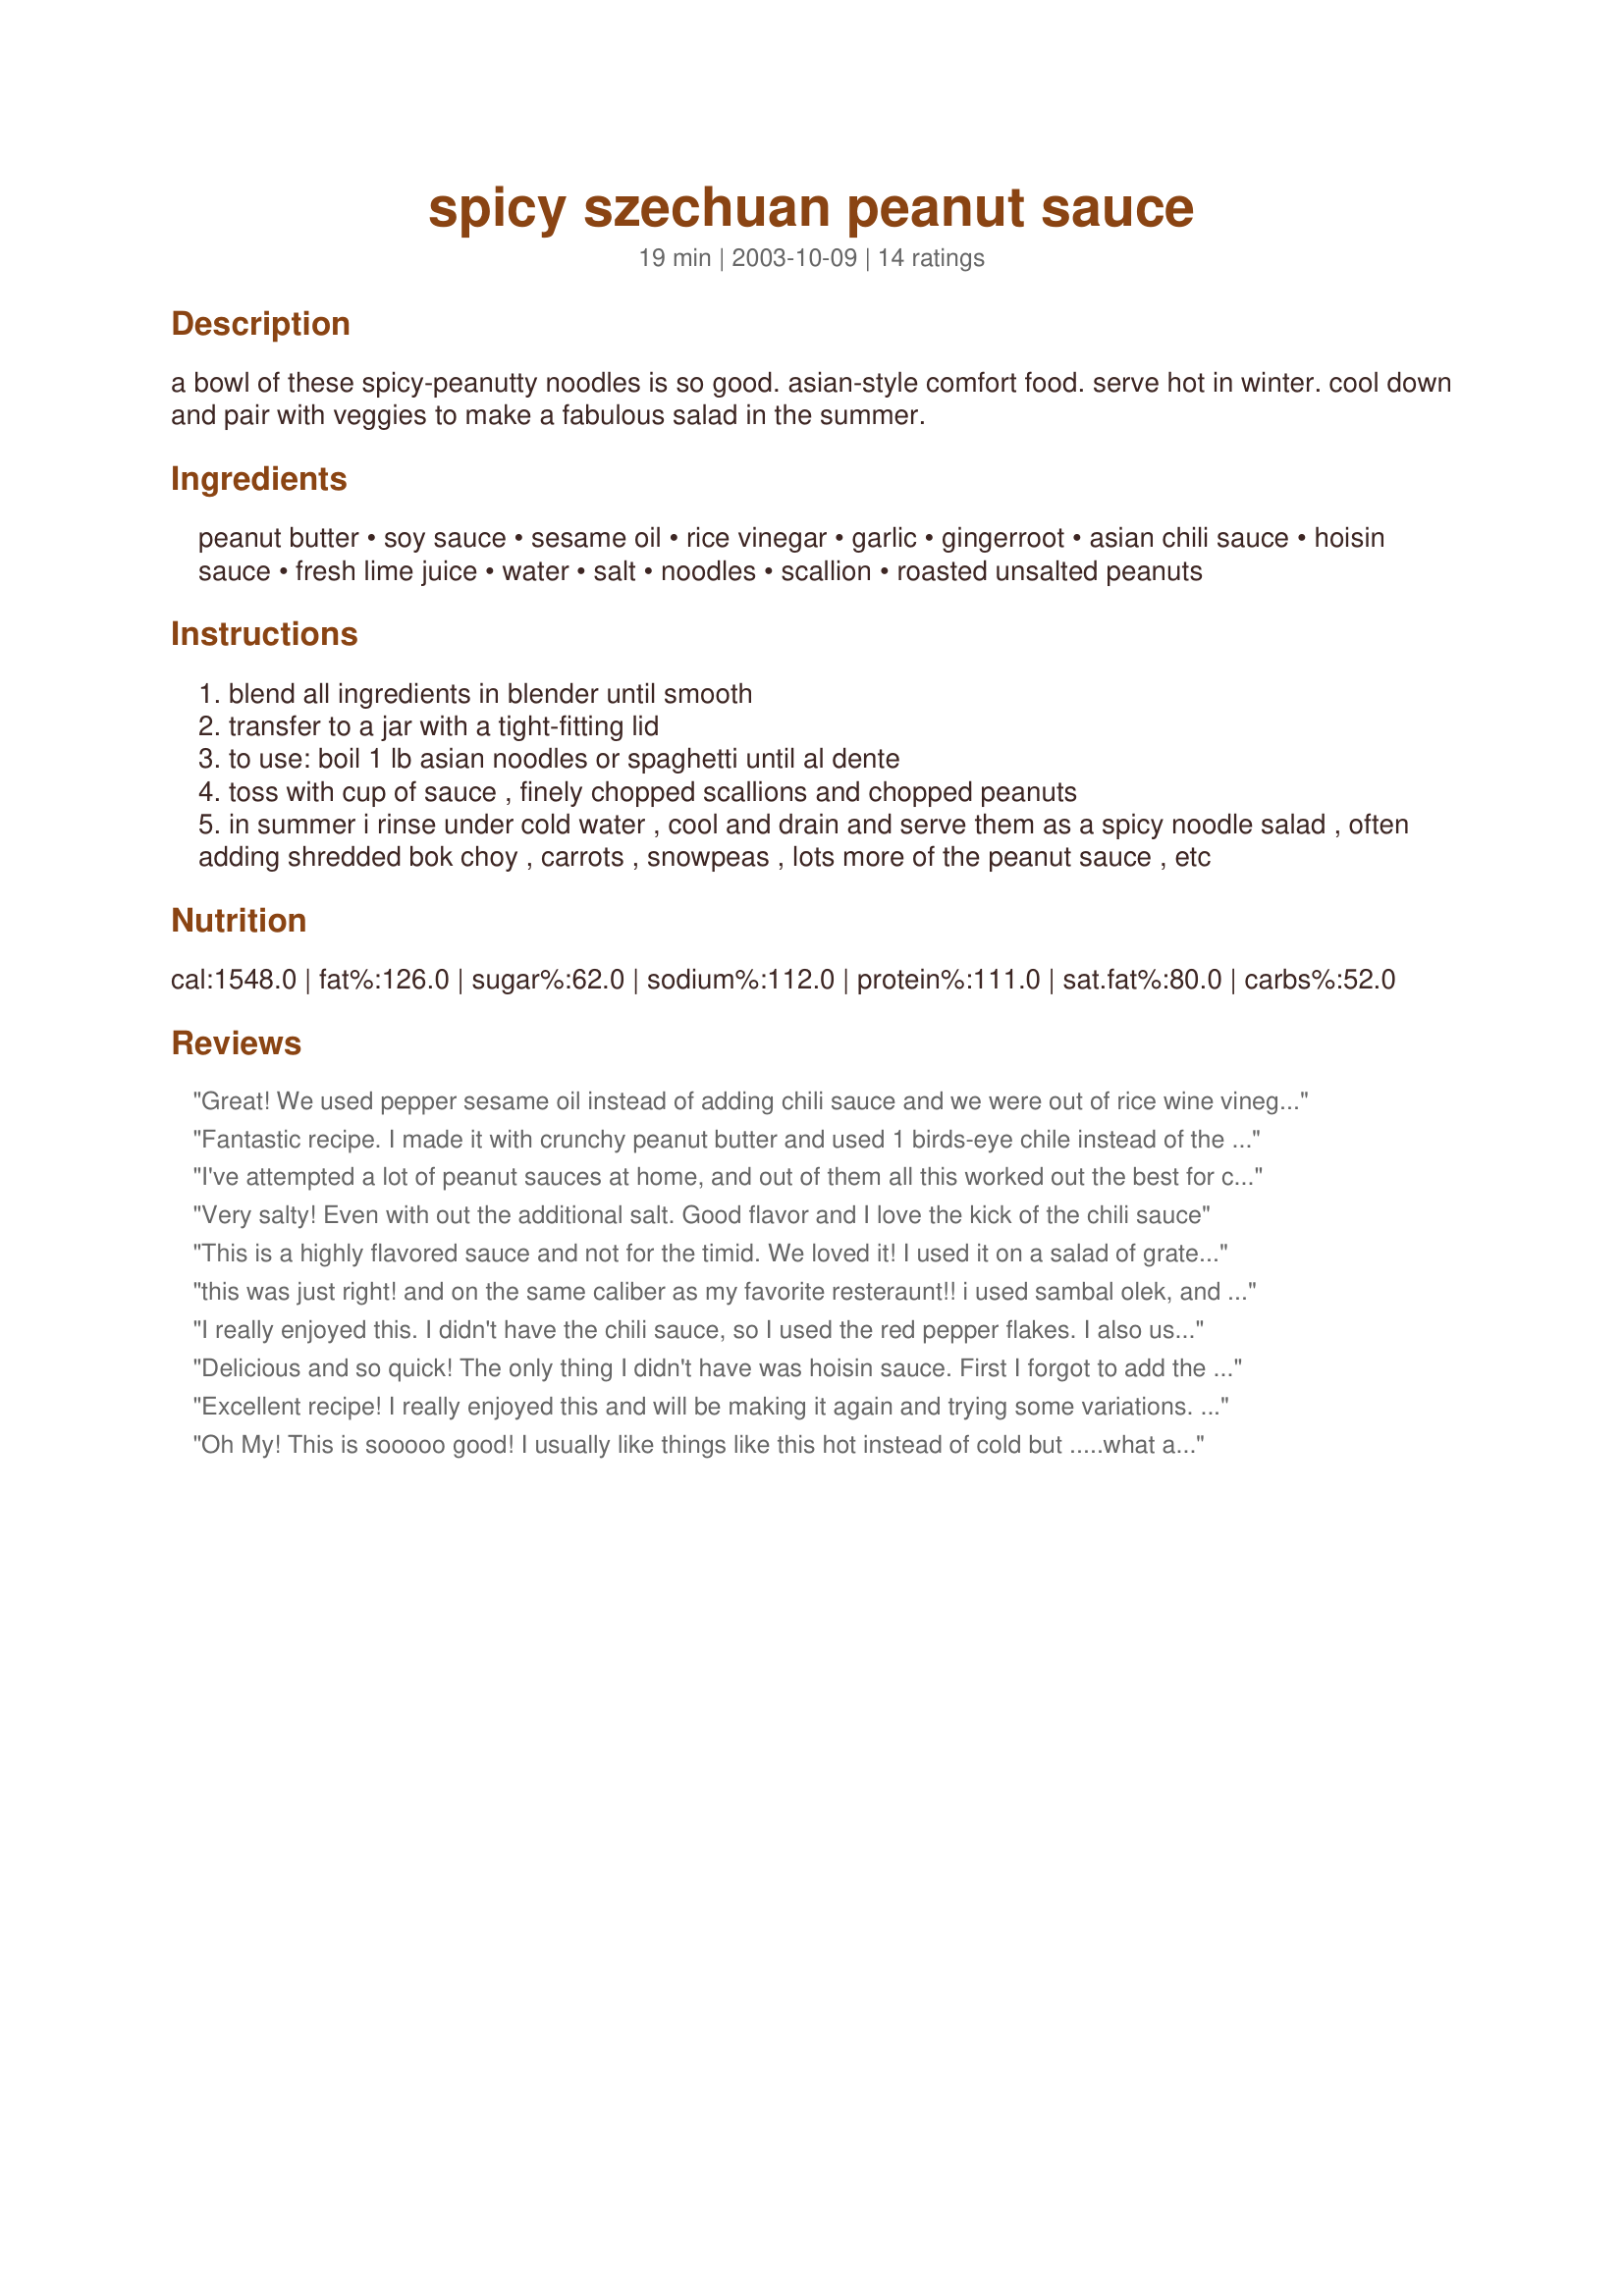
spicy szechuan peanut sauce
Preparation time: 19 minutes

a bowl of these spicy-peanutty noodles is so good. asian-style comfort food. serve hot in winter. cool down and pair with veggies to make a fabulous salad in the summer.

Ingredients:
peanut butter, soy sauce, sesame oil, rice vinegar, garlic, gingerroot, asian chili sauce, hoisin sauce, fresh lime juice, water, salt, noodles, scallion, roasted unsalted peanuts

Steps:
blend all ingredients in blender until smooth
transfer to a jar with a tight-fitting lid
to use: boil 1 lb asian noodles or spaghetti until al dente
toss with cup of sauce , finely chopped scallions and chopped peanuts
in summer i rinse under cold water , cool and drain and serve them as a spicy noodle salad , often adding shredded bok choy , carrots , snowpeas , lots more of the peanut sauce , etc

Reviews:
Great! We used pepper sesame oil instead of adding chili sauce and we were out of rice wine vinegar so used 1 Tbsp of white vinegar instead. Added raw shredded carrots, onion, and cilantro. Wonderful recipe!
Fantastic recipe. I made it with crunchy peanut butter and used 1 birds-eye chile instead of the chile sauce. I found that made it just slightly spicy but for hot-heads I might add a second one. This has just the right consistency for pouring over noodles and a little goes a long way. I added coriander, parsley and mint and slivered carrots to the noodles for a basic salad but I'm sure you could add so much more. Green peas and various meats spring to mind.
I've attempted a lot of peanut sauces at home, and out of them all this worked out the best for consistancy and taste. I used the red pepper flakes this time, next time I think I will use the chili sauce instead as I like peanut sauce to have a lot of heat. I will definitely be keeping this recipe in front of me Evelyn, I usually spend about $5 a bottle to make peanut chicken wings - I'll be using this recipe for them next time.
Very salty! Even with out the additional salt. Good flavor and I love the kick of the chili sauce
This is a highly flavored sauce and not for the timid. We loved it!
I used it on a salad of grated carrots, bean sprouts, shredded Chinese cabbage, and soba. Very, very delicious and there is some leftover sauce for another meal in the next few days.
We enjoyed your recipe Evelyn!
this was just right! and on the same caliber as my favorite resteraunt!! i used sambal olek, and followed the recipe .i garnished with scallions, a handful of julienned snow peas, some peanuts and some sesame seeds this is a keeper!
I really enjoyed this. I didn't have the chili sauce, so I used the red pepper flakes. I also used some chili flavored oil and sesame oil - 1/8 C. each to make the 1/4 C. of oil called for. Gave it a nice kick. I boiled up some whole wheat spaghetti, stirred in this sauce, topped with a sliced scallion and toasted sesame seeds to mirror the sesame oil in the recipe. Besides, I didn't have any peanuts. Thanks evelyn/athens for this recipe.
Delicious and so quick! The only thing I didn't have was hoisin sauce. First I forgot to add the sesame oil, but it was even very good without that. I halved the amount because the sauce is just for me. I enjoyed the first batch with (hot) Asian noodles. I still have plenty of sauce left and will eat it with an Asian "on a stick" recipe. Can't wait! Thank you Ev for another GREAT recipe. This one is a keeper.
Excellent recipe! I really enjoyed this and will be making it again and trying some variations.

I made it as listed but added a little more pepper. We like things spicy. Served the sauce over chicken also and made a great meal!
Thanks so much! A++++++
Oh My! This is sooooo good! I usually like things like this hot instead of cold but .....what a treat! I did change one thing though, I was out of rice vinegar and tried something new for me....sake! Yep, sake! All I know is that it was great, but the next time I make this I will try with th rice vinegar. My extras were shredded napa cabbage and carrots,
Excellent sauce Ev. I used the red pepper flakes and didn't find it too hot at all. It really was perfect on the noodles. I added green onions, julienned carrots, and snow peas and served hot. Thank you for sharing your recipe!
Very flavorful, but not too hot. I didn&#039;t have Hoisin Sauce, so that may have had something to do with it. Extra siracha was added to my plate, and it was just perfect after that! Served over a mix of stir-fried veggies and venison.
I just loved this sauce. But I did alter this according to what I had.Omitted rice vinegar and used same amount of water. Used ground ginger 1 tbls. which I think I will reduce some what next time just for personal tastes. Omitted hoisin sauce(didn't have it) but I did use the lime juice(quite a different flavor for a peanut sauce) I made this as a comfort food over chinese noodles. This was quick and easy. I also like the fact that I can make a lot and save whats left for a quick dish later in the week for my self.
This was really yummy. I made as directed with Chinese noodles and it was a real hit at my house. Thanks for sharing, Ev.
